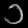
Digit: ၁